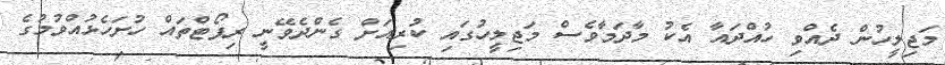
މަޖިލީހުން ދެއްވި ހުއްދައާ އެކު މާދަމާވެސް މަޖިލީހުގައި ކުރިއަށް ގެންދެވޭނީ ރިޕޯޓްތައް ހުށަހެޅުއްވުމުގެ